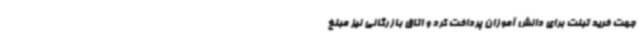
جهت خرید تبلت برای دانش آموزان پرداخت کرد و اتاق بازرگانی نیز مبلغ